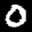
Label: 0